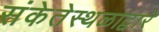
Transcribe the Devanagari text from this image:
संकेतेस्थळाद्वारे